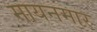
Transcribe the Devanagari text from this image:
मायनमार